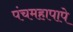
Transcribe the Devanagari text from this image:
पंचमहापापे